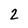
Character: 2